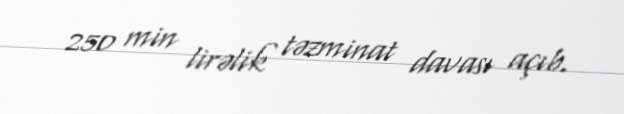
250 min lirəlik təzminat davası açıb.